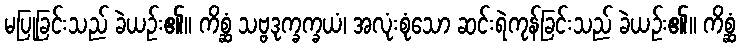
မပြုခြင်းသည် ခဲယဉ်း၏။ ကိစ္ဆံ သဗ္ဗဒုက္ခက္ခယံ၊ အလုံးစုံသော ဆင်းရဲကုန်ခြင်းသည် ခဲယဉ်း၏။ ကိစ္ဆံ